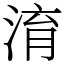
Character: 淯